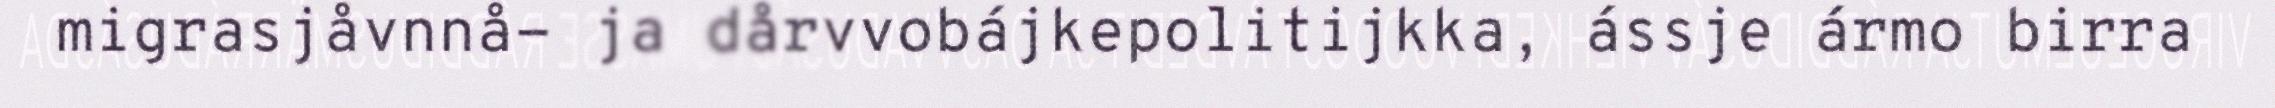
migrasjåvnnå- ja dårvvobájkepolitijkka, ássje ármo birra